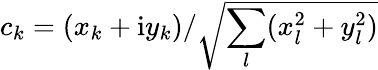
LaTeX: c_{k}=(x_{k}+\mathrm{i}y_{k})/\sqrt{\sum_{l}(x_{l}^{2}+y_{l}^{2})}